Medical and sanitary report of the native army of Madras for the year
Year: 1875
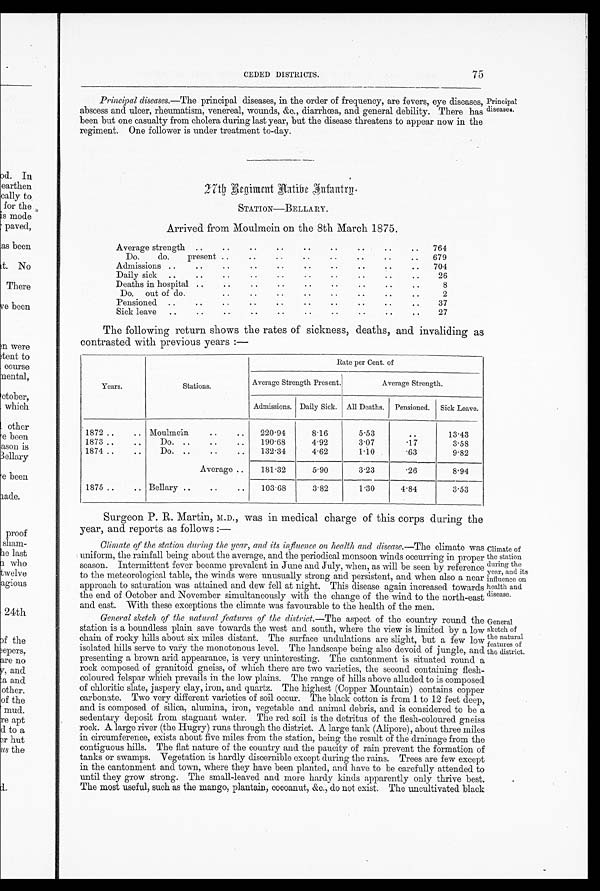
Climate of
the station
during the
year, and its
influence on
health and
disease.
General
sketch of
the natural
features of
the district.
CEDED DISTRICTS.
75
Principal diseases.—The principal diseases, in the order of frequency, are fevers, eye diseases, Principal
abscess and ulcer, rheumatism, venereal, wounds, &c., diarrhœa, and general debility. There has diseases.
been but one casualty from cholera during last year, but the disease threatens to appear now in the
regiment. One follower is under treatment to-day.
Principal diseases.
2 7 t h R e g i m e n t N a t i v e I n f a n t r y .
STATION—BELLARY.
Arrived from - Moulmein on the 8th March 1875.
Average strength
Do. do. present
..
..
Admissions
Daily sick
Deaths in hospital
Do. out of do
..
..
Pensioned.
Sick leave
764
679
704
26
8
2
37
27
The following return shows the rates of sickness, deaths, and invaliding as
contrasted with previous years :—
Years.
Stations .
Rate per Cent. of
Average Strength Present.
Average Strength.
Admissions. Daily Sick. All Deaths. Pensioned. Sick Leave.
1872
Moulmein
220.94
8.16
5.53
..
13.43
1873
Do.
190.68
4.92
3.07
.17
3.58
1874
Do.
132.34
4.62
1.10
.63
9.82
Average
181.32
5.90
3.23
.26
8.94
1875
Bellary
103.68
3.82
1.30
4.84
3.53
Surgeon P. R. Martin, M.D., was in medical charge of this corps during the
year, and reports as follows: -
Climate of the station during the year, and its influence on health and disease.—The climate was
uniform, the rainfall being about the average, and the periodical monsoon winds occurring in proper
season. Intermittent fever became prevalent in June and July, when, as will be seen by reference
to the meteorological table, the winds were unusually strong and persistent., and when also a near
approach to saturation was attained and dew fell at night. This disease again increased towards
the end of October and November simultaneously with the change of the wind to the north-east
and east. With these exceptions the climate was favourable to the health of the men.
General sketch of the natural ,features of the district.—The aspect of the country round the
station is a boundless plain save towards the west and south, where the view is limited by a low
chain of rocky hills about six miles distant. The surface undulations are slight, but a few low
isolated hills serve to vary the monotonous level. The landscape being also devoid of jungle, and
presenting a brown arid appearance, is very uninteresting. The cantonment is situated round a
rock composed of granitoid gneiss, of which there are two varieties, the second containing flesh-
coloured felspar which prevails in the low plains. The range of hills above alluded to is composed
of chloritic slate, jaspery clay, iron, and quartz. The highest (Copper Mountain) contains copper
carbonate. Two very different varieties of soil occur. The black cotton is from 1 to 12 feet deep,
and is composed of silica, alumina, iron, vegetable and animal debris, and is considered to be a
sedentary deposit from stagnant water. The red soil is the detritus of the flesh-coloured gneiss
rock. A large river (the Hungry) runs through the district. A large tank (Alipore), about three miles
in circumference, exists about five miles from the station, being the result of the drainage from the
contiguous hills. The flat nature of the country and the paucity of rain prevent the formation of
tanks or swamps. Vegetation is hardly discernible except during the rains. Trees are few except
in the cantonment and town, where they have been planted, and have to be carefully attended to
until they grow strong. The small-leaved and more hardy kinds apparently only thrive best.
The most useful, such as the mango, plantain, cocoanut, &c., do not exist. The uncultivated black